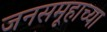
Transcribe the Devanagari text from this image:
जनसमूहाच्या